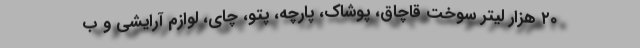
۲۰ هزار لیتر سوخت قاچاق، پوشاک، پارچه، پتو، چای، لوازم آرایشی و ب